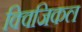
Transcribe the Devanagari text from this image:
क्विजिकल